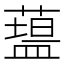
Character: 𥂯